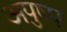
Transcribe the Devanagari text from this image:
अपुष्प